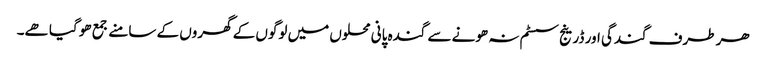
ھر طرف گندگی اور ڈرینج سسٹم نہ ھونے سے گندہ پانی محلوں میں لوگوں کے گھروں کے سامنے جمع ھو گیا ھے۔